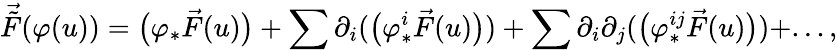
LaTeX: \vec{\tilde{F}}(\varphi(u))=\big(\varphi_{*}\vec{F}(u)\big)+\sum\partial_{i}(\big(\varphi_{*}^{i}\vec{F}(u)\big))+\sum\partial_{i}\partial_{j}(\big(\varphi_{*}^{ij}\vec{F}(u)\big))+...,